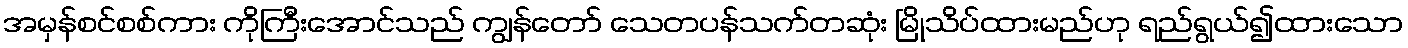
အမှန်စင်စစ်ကား ကိုကြီးအောင်သည် ကျွန်တော် သေတပန်သက်တဆုံး မြိုသိပ်ထားမည်ဟု ရည်ရွယ်၍ထားသော